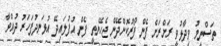
ތަސްނީމު ވިދާޅުވީ ރަށްރަށް ފެން ފޯރުކޮށްދޭން ޖެހޭނެތީ ފެން އުފުލައިދޭ އުޅަނދުފަހަރު ދުއްވާ